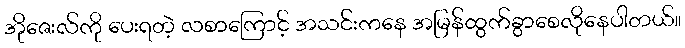
အိုဇေးလ်ကို ပေးရတဲ့ လစာကြောင့် အသင်းကနေ အမြန်ထွက်ခွာစေလိုနေပါတယ်။